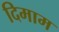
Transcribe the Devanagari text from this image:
दिमाम